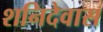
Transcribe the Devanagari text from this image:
शनिदेवास